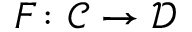
F \colon { \mathcal { C } } \rightarrow { \mathcal { D } }